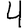
Digit: 4